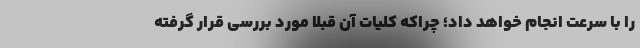
را با سرعت انجام خواهد داد؛ چراکه کلیات آن قبلاً مورد بررسی قرار گرفته